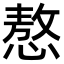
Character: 㥿